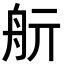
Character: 𦨘